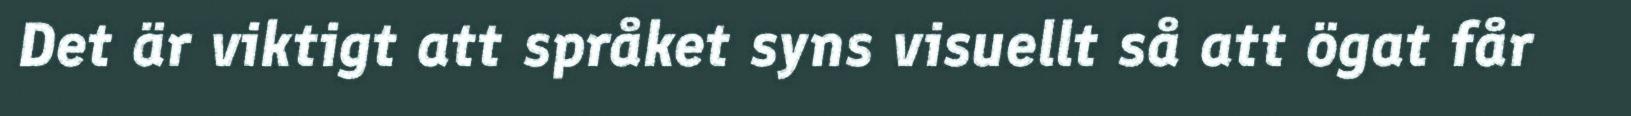
Det är viktigt att språket syns visuellt så att ögat får